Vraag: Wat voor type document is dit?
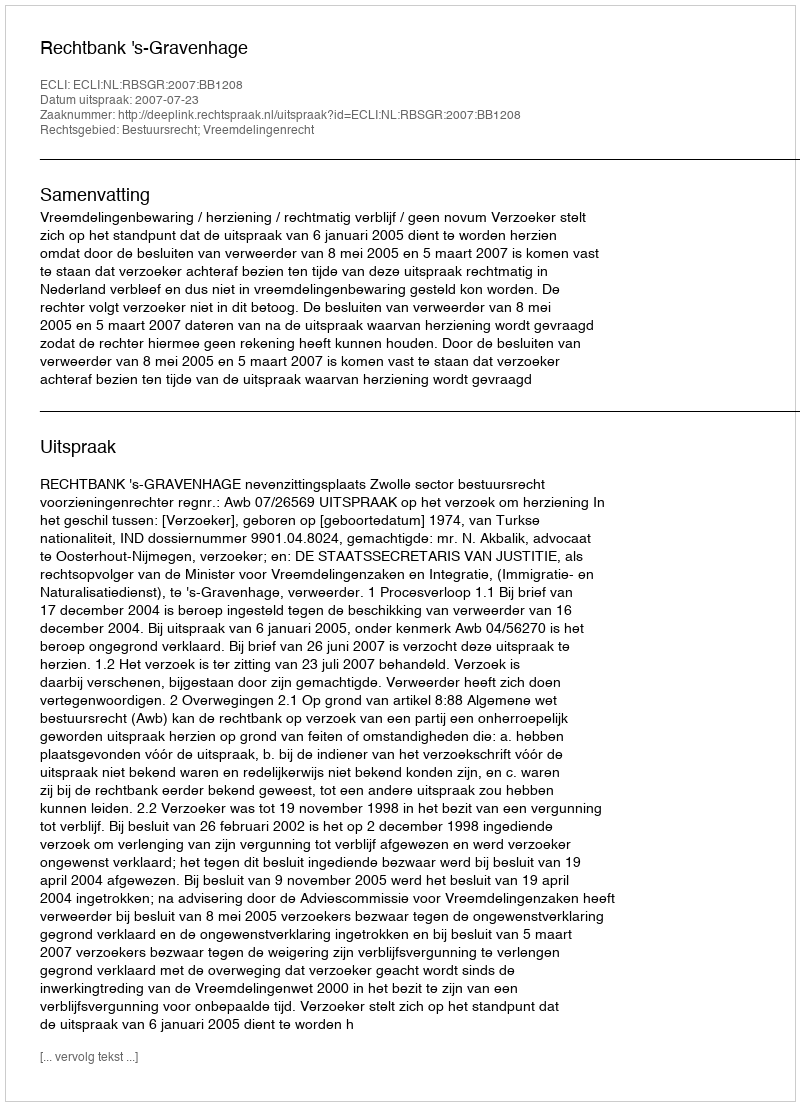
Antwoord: Uitspraak